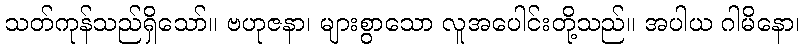
သတ်ကုန်သည်ရှိသော်။ ဗဟုဇနာ၊ များစွာသော လူအပေါင်းတို့သည်။ အပါယ ဂါမိနော၊